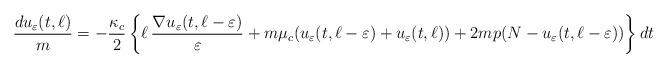
LaTeX: \begin{align*}&\frac{du_\varepsilon(t,\ell)}{m}= -\frac{\kappa_c}{2} \left\{\ell\, \frac{\nabla u_\varepsilon(t,\ell-\varepsilon)}{\varepsilon}+m\mu_c(u_\varepsilon(t,\ell-\varepsilon) +u_\varepsilon(t,\ell)) +2mp(N-u_\varepsilon(t,\ell-\varepsilon))\right\}dt\end{align*}